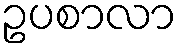
ဥပစာလာ